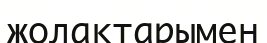
жолақтарымен